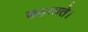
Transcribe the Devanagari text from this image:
कहलाते।